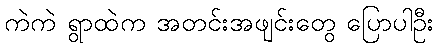
ကဲကဲ ရွာထဲက အတင်းအဖျင်းတွေ ပြောပါဦး